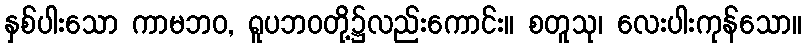
နှစ်ပါးသော ကာမဘဝ, ရူပဘဝတို့၌လည်းကောင်း။ စတူသု၊ လေးပါးကုန်သော။